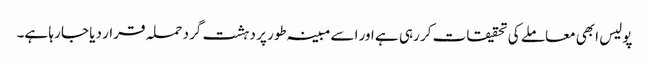
پولیس ابھی معاملے کی تحقیقات کر رہی ہے اور اسے مبینہ طور پر دہشت گرد حملہ قرار دیا جا رہا ہے۔